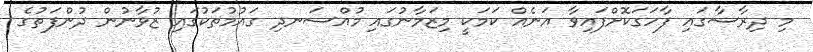
މި ދިރާސާގައި ފާހަގަކޮށްފައިވާ އަނެއް ކަމަކީ މިޒަމާނުގައި މުއްސަނދި ގައުމުތަކުގައި ޒުވާނުން ދުންފަތުގެ